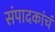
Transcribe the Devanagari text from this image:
संपादकांचं